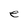
Character: e